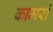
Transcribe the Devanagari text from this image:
कामरां